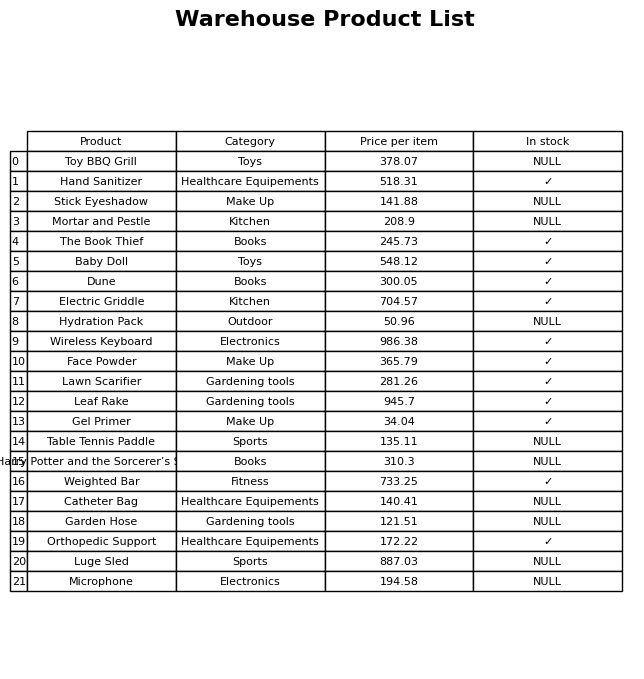
question: Which products are currently out of stock?
answer: Toy BBQ Grill, Stick Eyeshadow, Mortar and Pestle, Hydration Pack, Table Tennis Paddle, Harry Potter and the Sorcerer’s Stone, Catheter Bag, Garden Hose, Luge Sled, Microphone